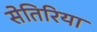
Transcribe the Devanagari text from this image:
सेतिरिया